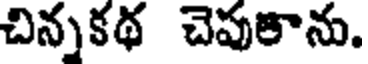
చిన్నకథ చెపుకాను.